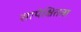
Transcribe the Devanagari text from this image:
सापेक्षितता